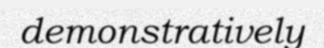
demonstratively